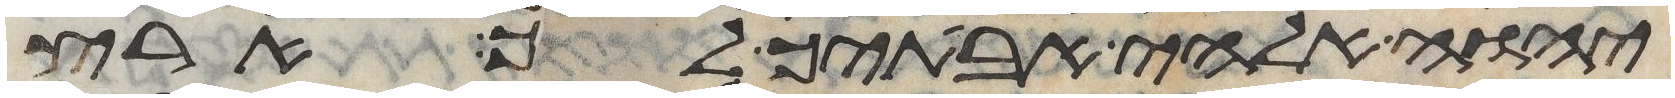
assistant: יהוה אלהי אבתיך לך ארץ